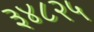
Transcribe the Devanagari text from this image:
३४८२५